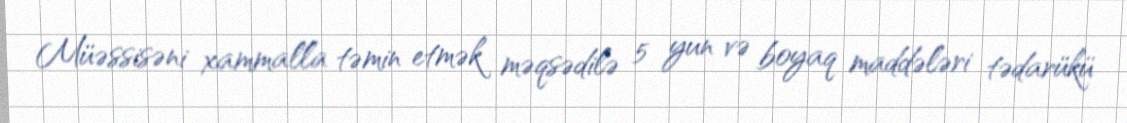
Müəssisəni xammalla təmin etmək məqsədilə 5 yun və boyaq maddələri tədarükü